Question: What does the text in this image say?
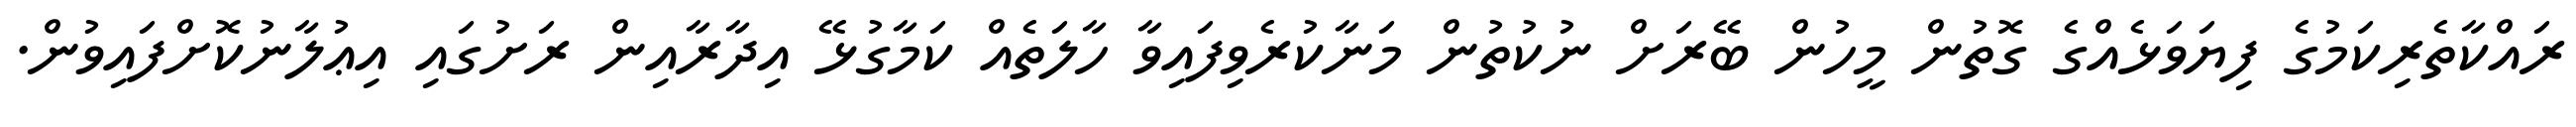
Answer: ރައްކާތެރިކަމުގެ ފިޔަވަޅެއްގެ ގޮތުން މީހުން ބޭރަށް ނުކުތުން މަނާކުރެވިފައިވާ ހާލަތެއް ކަމާގުޅޭ އިދާރާއިން ރަށުގައި އިޢުލާނުކޮށްފައިވުން.